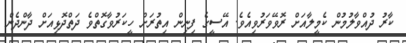
ކާރު ދުއްވާލުމުން ކެމީލާއަށް ރޮވޭވަރުވިއެވެ. އޭސީގެ ފިނިން އިތުރަށް ހީކަރުވާގޮތްވެ ދަތްދޮޅިއަށް ދާންދެން